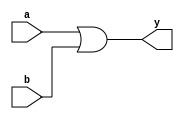
`timescale 1ns / 1ps
//////////////////////////////////////////////////////////////////////////////////
// Company: 
// Engineer: 
// 
// Design Name: 
// Module Name:    OR_GATE 
// Project Name: 
// Target Devices: 
// Tool versions: 
// Description: 
//
// Dependencies: 
//
// Revision: 
// Revision 0.01 - File Created
// Additional Comments: 
//
//////////////////////////////////////////////////////////////////////////////////
module OR_GATE(
    input a,
    input b,
    output y
    );
	 
	 assign y=a|b;

or(y,a,b);
endmodule